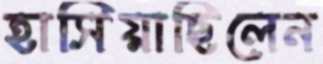
হাসিয়াছিলেন